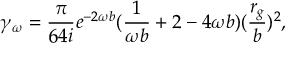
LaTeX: \gamma _ { \omega } = \frac { \pi } { 6 4 i } e ^ { - 2 \omega b } ( \frac { 1 } { \omega b } + 2 - 4 \omega b ) ( \frac { r _ { g } } { b } ) ^ { 2 } ,